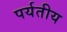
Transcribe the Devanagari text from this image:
पर्यतीय